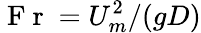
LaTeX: \displaystyle\mathrm{~F~r~}=U_{m}^{2}/(gD)